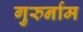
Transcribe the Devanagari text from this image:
गुरुर्नाम